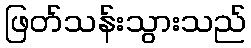
ဖြတ်သန်းသွားသည်